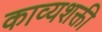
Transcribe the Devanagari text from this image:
काव्यशक्ती